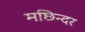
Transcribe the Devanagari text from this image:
मछिन्दर